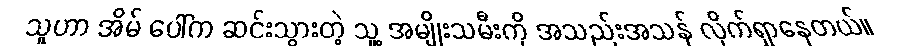
သူဟာ အိမ် ပေါ်က ဆင်းသွားတဲ့ သူ့ အမျိုးသမီးကို အသည်းအသန် လိုက်ရှာနေတယ်။